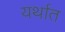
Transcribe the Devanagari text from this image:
यर्थात